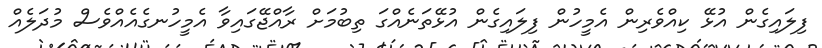
ފިލައިގެން އުޅޭ ކިއްވެރިން އެމީހުން ފިލައިގެން އުޅޭތަނެއްގަ ތިބުމަށް ރާއްޖޭގައިވާ އެމީހުނގެއެއްވެސް މުދަލެއް